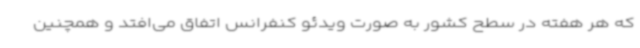
که هر هفته در سطح کشور به صورت ویدئو کنفرانس اتفاق می‌افتد و همچنین